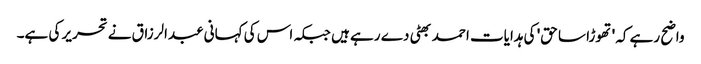
واضح رہے کہ 'تھوڑا سا حق' کی ہدایات احمد بھٹی دے رہے ہیں جبکہ اس کی کہانی عبدالرزاق نے تحریر کی ہے۔